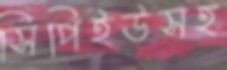
সিপিইউসহ